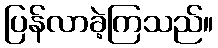
ပြန်လာခဲ့ကြသည်။